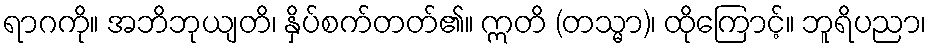
ရာဂကို။ အဘိဘုယျတိ၊ နှိပ်စက်တတ်၏။ ဣတိ (တသ္မာ)၊ ထိုကြောင့်။ ဘူရိပညာ၊